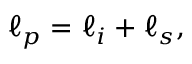
\ell _ { p } = \ell _ { i } + \ell _ { s } ,